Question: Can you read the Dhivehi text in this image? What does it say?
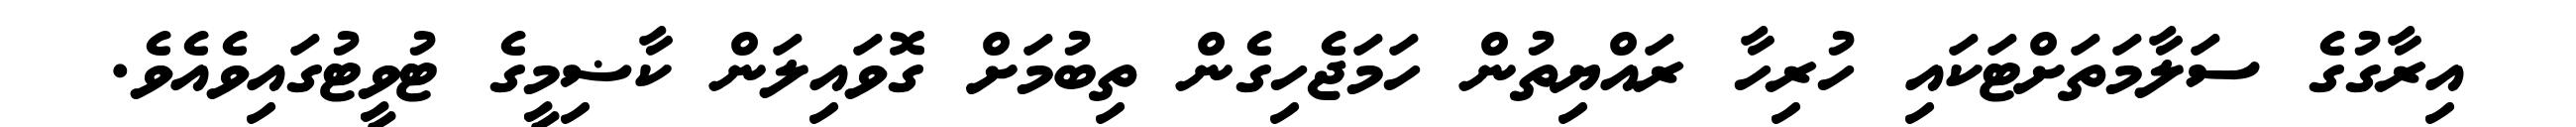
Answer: އިރާގުގެ ސަލާމަތަށްޓަކައި ހުރިހާ ރައްޔިތުން ހަމަޖެހިގެން ތިބުމަށް ގޮވައިލަން ކާޟިމީގެ ޓުވީޓުގައިވެއެވެ.